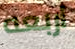
اربعه